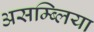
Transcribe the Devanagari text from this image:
असम्ब्लिया